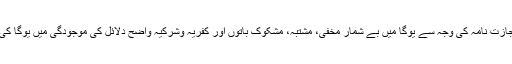
لیکن صرف ورزش کی حد تک فنی بنیادوں پر حاصل شدہ اجازت نامہ کی وجہ سے یوگا میں بے شمار مخفی، مشتبہ، مشکوک باتوں اور کفریہ وشرکیہ واضح دلائل کی موجودگی میں یوگا کی ممانعت کا حکم بھی ناقص اور مہمل نہیں سمجھا جائے گا۔